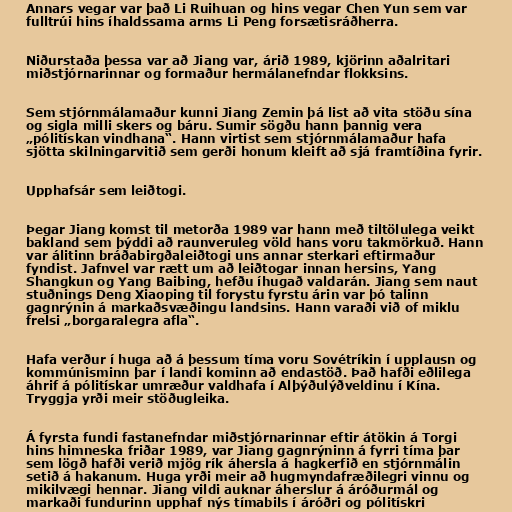
Annars vegar var það Li Ruihuan og hins vegar Chen Yun sem var
fulltrúi hins íhaldssama arms Li Peng forsætisráðherra.

Niðurstaða þessa var að Jiang var, árið 1989, kjörinn aðalritari
miðstjórnarinnar og formaður hermálanefndar flokksins.

Sem stjórnmálamaður kunni Jiang Zemin þá list að vita stöðu sína
og sigla milli skers og báru. Sumir sögðu hann þannig vera
„pólitískan vindhana“. Hann virtist sem stjórnmálamaður hafa
sjötta skilningarvitið sem gerði honum kleift að sjá framtíðina fyrir.

Upphafsár sem leiðtogi.

Þegar Jiang komst til metorða 1989 var hann með tiltölulega veikt
bakland sem þýddi að raunveruleg völd hans voru takmörkuð. Hann
var álitinn bráðabirgðaleiðtogi uns annar sterkari eftirmaður
fyndist. Jafnvel var rætt um að leiðtogar innan hersins, Yang
Shangkun og Yang Baibing, hefðu íhugað valdarán. Jiang sem naut
stuðnings Deng Xiaoping til forystu fyrstu árin var þó talinn
gagnrýnin á markaðsvæðingu landsins. Hann varaði við of miklu
frelsi „borgaralegra afla“.

Hafa verður í huga að á þessum tíma voru Sovétríkin í upplausn og
kommúnisminn þar í landi kominn að endastöð. Það hafði eðlilega
áhrif á pólitískar umræður valdhafa í Alþýðulýðveldinu í Kína.
Tryggja yrði meir stöðugleika.

Á fyrsta fundi fastanefndar miðstjórnarinnar eftir átökin á Torgi
hins himneska friðar 1989, var Jiang gagnrýninn á fyrri tíma þar
sem lögð hafði verið mjög rík áhersla á hagkerfið en stjórnmálin
setið á hakanum. Huga yrði meir að hugmyndafræðilegri vinnu og
mikilvægi hennar. Jiang vildi auknar áherslur á áróðurmál og
markaði fundurinn upphaf nýs tímabils í áróðri og pólitískri